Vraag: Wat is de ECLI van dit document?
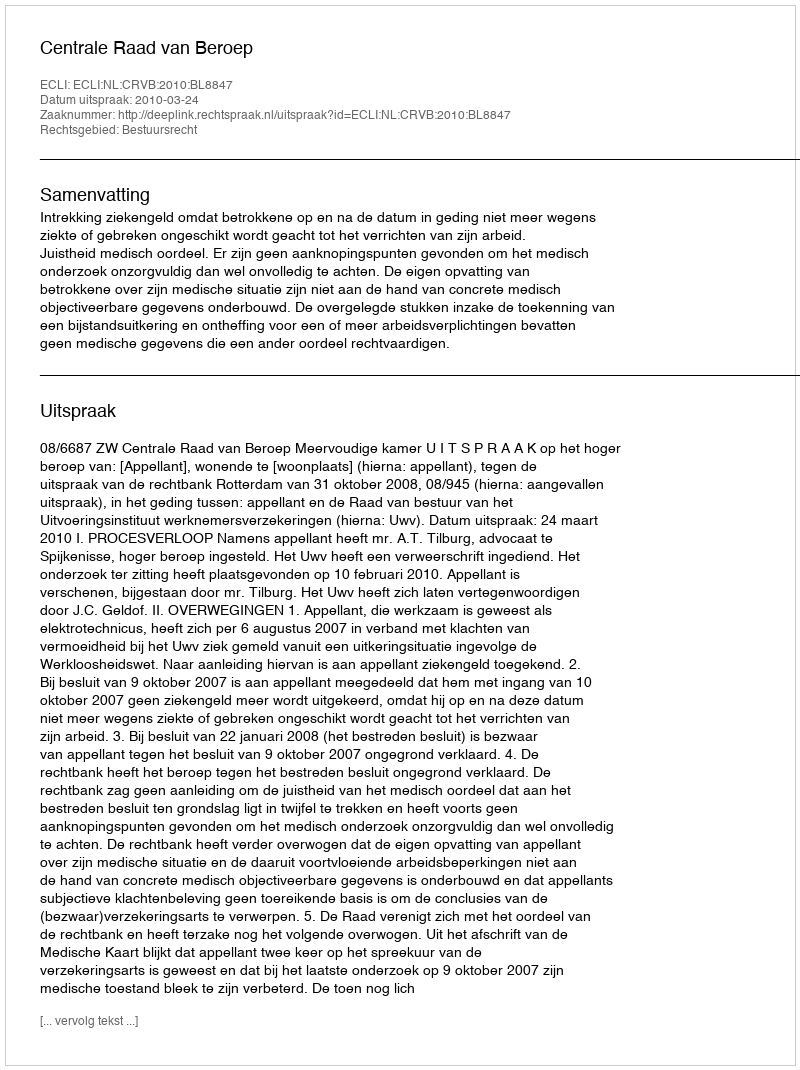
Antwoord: ECLI:NL:CRVB:2010:BL8847